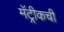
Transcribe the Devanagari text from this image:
मॅट्रीकची